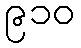
၉၁၀